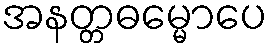
အနတ္တဓမ္မောပေ